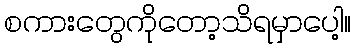
စကားတွေကိုတော့သိရမှာပေါ့။